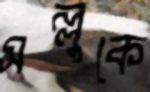
সল্লুকে